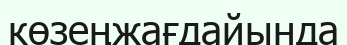
көзеңжағдайында